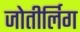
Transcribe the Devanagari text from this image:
जोतीर्लिग